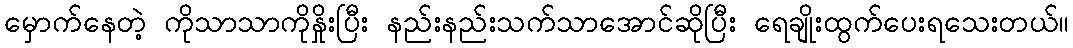
မှောက်နေတဲ့ ကိုသာသာကိုနှိုးပြီး နည်းနည်းသက်သာအောင်ဆိုပြီး ရေချိုးထွက်ပေးရသေးတယ်။